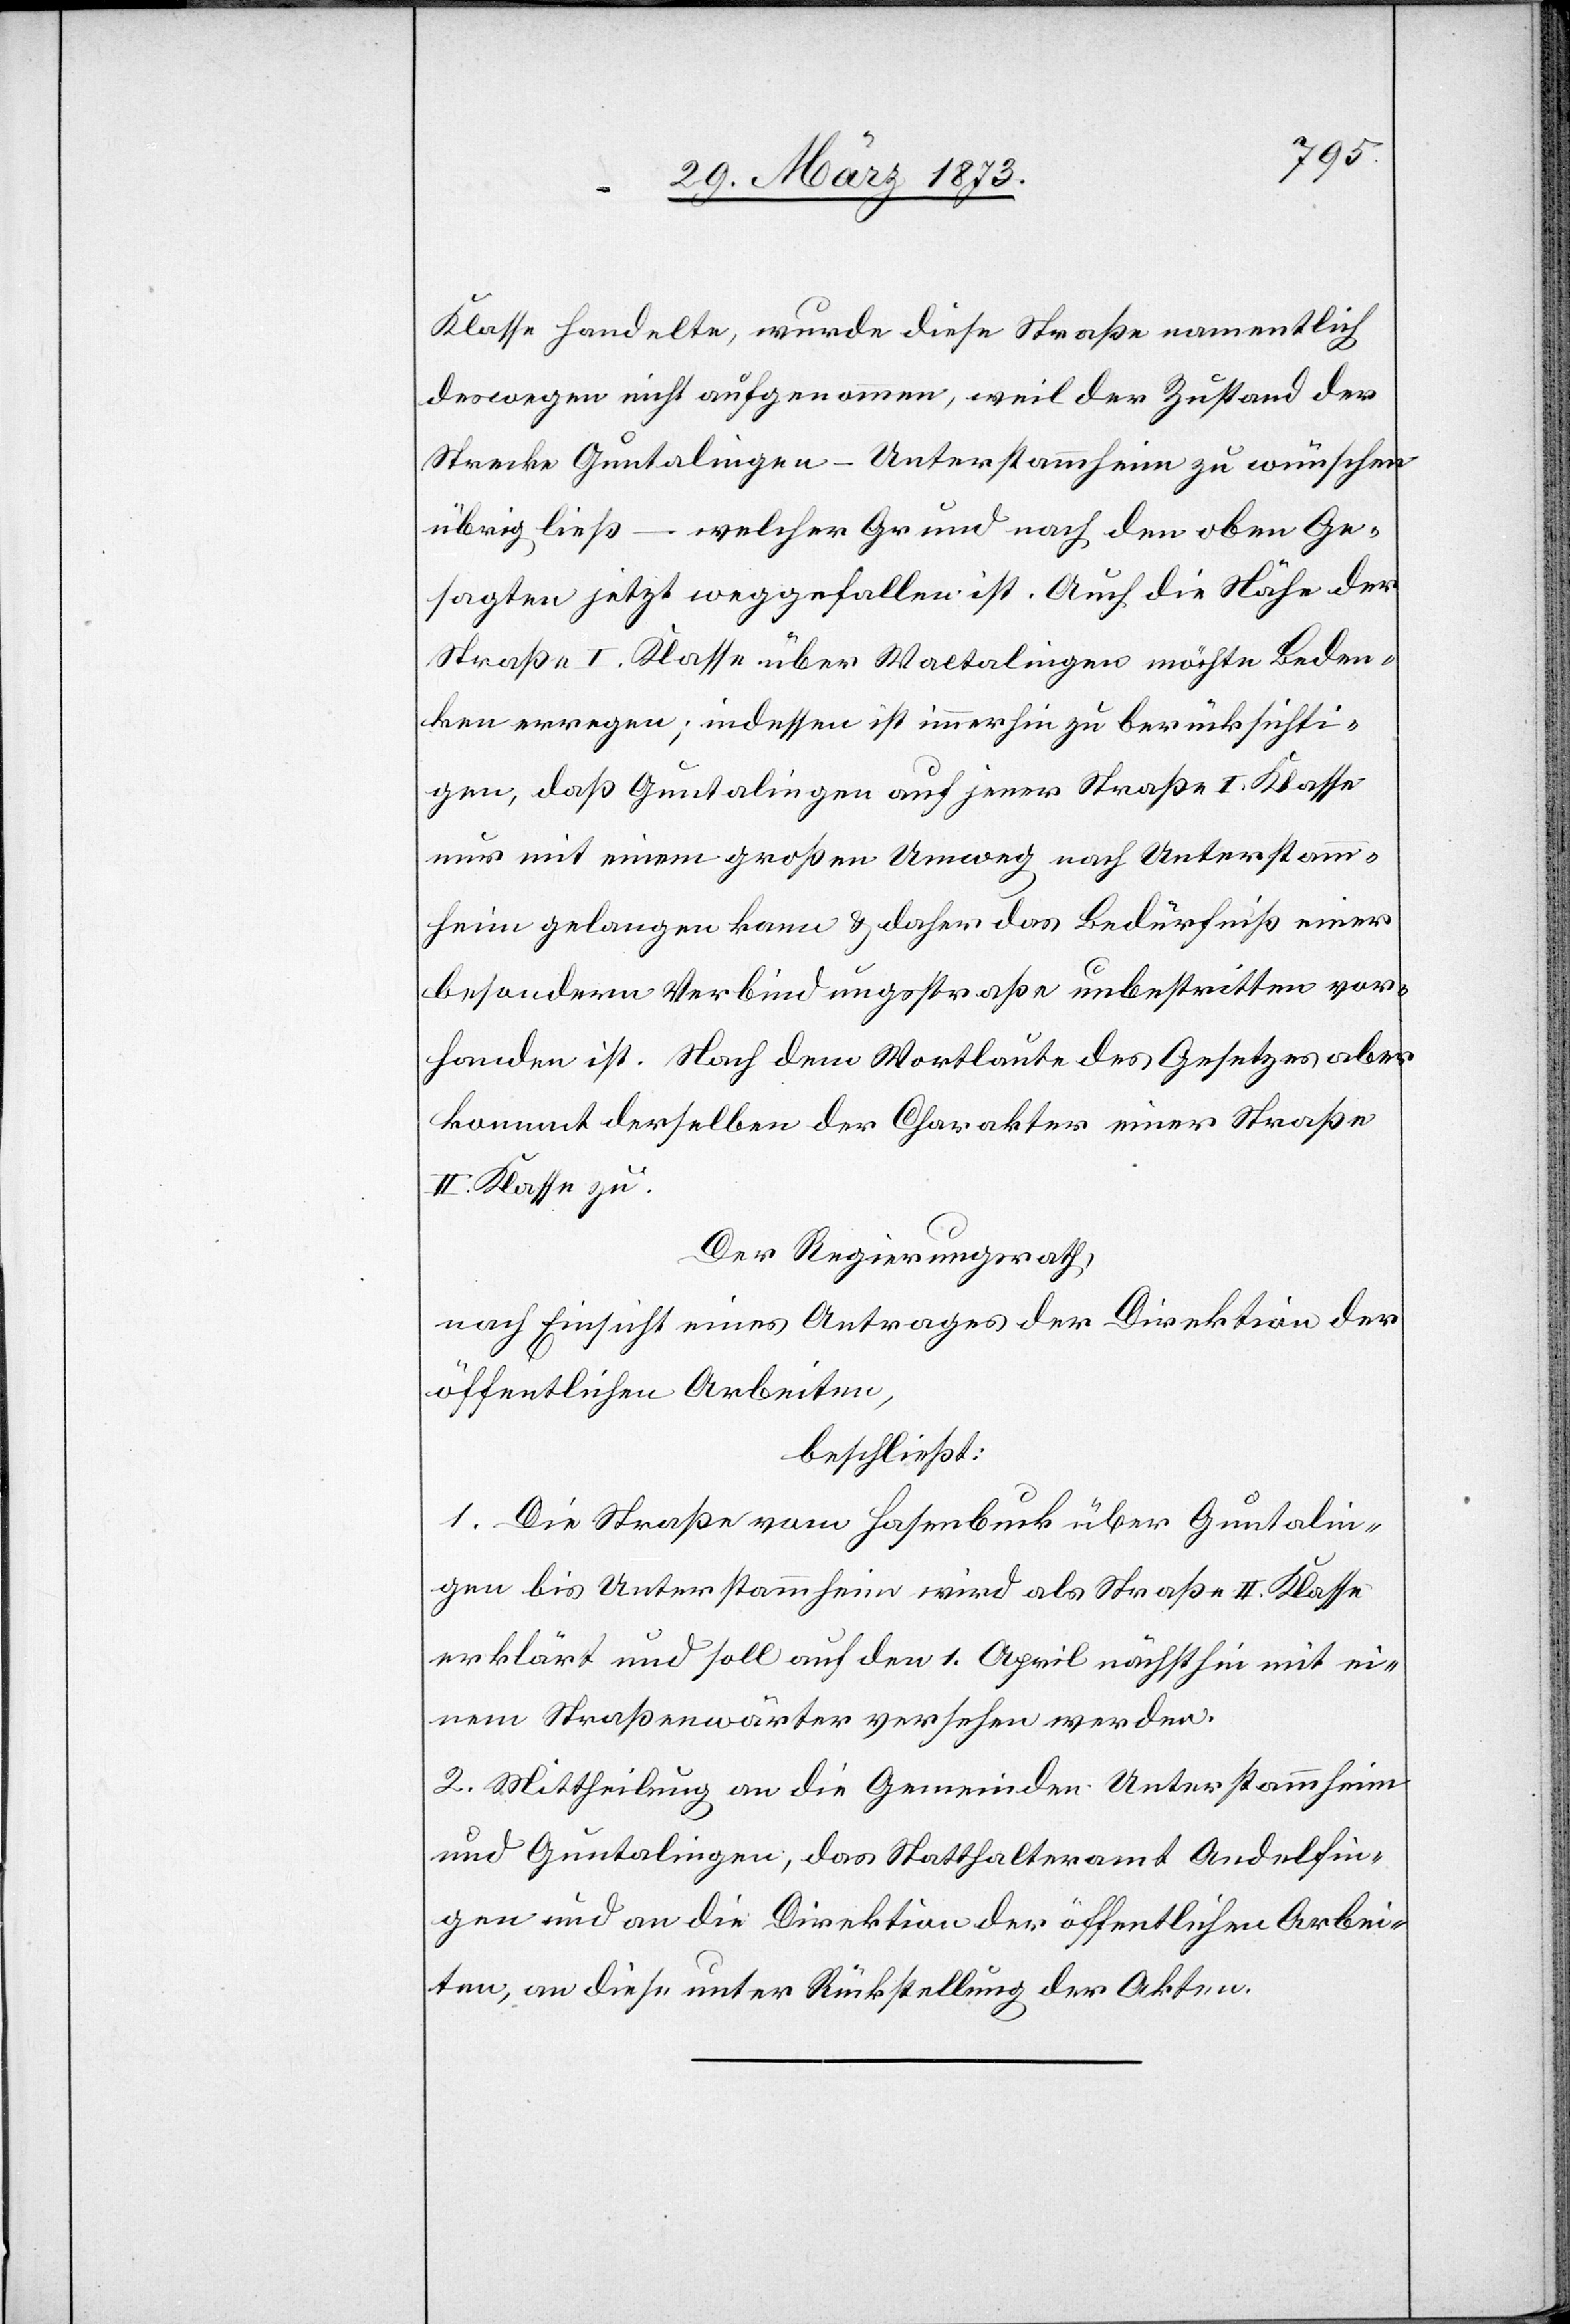
Klasse handelte, wurde diese Straße namentlich
deswegen nicht aufgenommen, weil der zustand der
Strecke Guntalingen–Unterstammheim zu wünschen
übrig ließ – welcher Grund nach den oben Ge¬
sagten jetzt weggefallen ist. Auch die Nähe der
Straße I: Klasse über Waltalingen möchte Beden¬
ken erregen; indessen ist immerhin zu berücksichti¬
gen, daß Guntalingen auf jener Straße I. Klasse
nur mit einem großen Umweg nach Unterstamm¬
heim gelangen kann u. daher das Bedürfniß einer
besondern Verbindungsstraße unbestritten vor¬
handen ist. Nach dem Wortlaute des Gesetzes aber
kommt derselben der Charakter einer Straße
II. Klasse zu.
Der Regierungsrath,
nach Einsicht eines Antrages der Direktion der
öffentlichen Arbeiten,
beschließt:
1. Die Straße vom Hasenbuck über Guntalin¬
gen bis Unterstammheim wird als Straße II. Klasse
erklärt und soll auf den 1. April nächsthin mit ei¬
nem Straßenwärter versehen werden.
2. Mittheilung an die Gemeinde Unterstammheim
und Guntalingen, das Statthalteramt Andelfin¬
gen und an die Direktion der öffentlichen Arbei¬
ten, an diese unter Rückstellung der Akten.